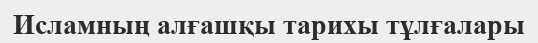
Исламның алғашқы тарихы тұлғалары